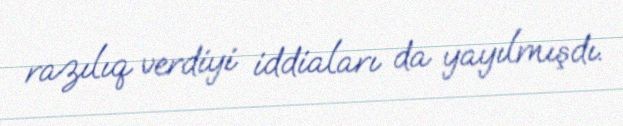
razılıq verdiyi iddiaları da yayılmışdı.